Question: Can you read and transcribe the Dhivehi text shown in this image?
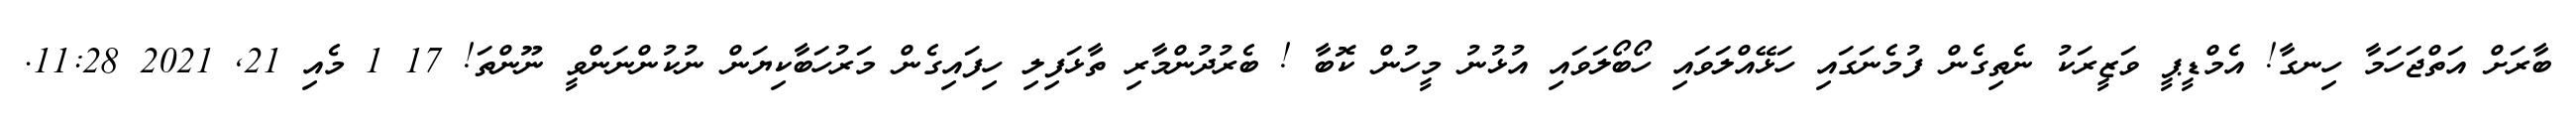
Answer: ބާރަށް އަތްޖަހަމާ ހިނގާ! އެމްޑީޕީ ވަޒީރަކު ނެތިގެން ފުމެނަގައި ހަޅޭއްލަވައި ހޯބޯލަވައި އުޅުނު މީހުން ކޮބާ ! ބެރުދުންމާރި ތާޅަފިލި ހިފައިގެން މަރުހަބާކިޔަން ނުކުންނަންވީ ނޫންތަ! 17 1 މެއި 21, 2021 11:28.